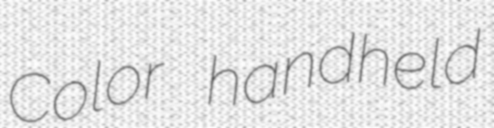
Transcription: Color handheld